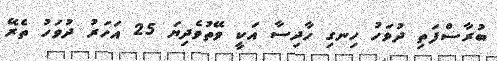
ބުރާސްފަތި ދުވަހު ހިނގި ހާދިސާ އަކީ ވޭތުވެދިޔަ 25 އަހަރު ދުވަހު ތެރޭ